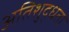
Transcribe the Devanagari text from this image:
अतिशुद्धता